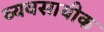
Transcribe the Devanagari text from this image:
व्यवसायीक